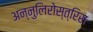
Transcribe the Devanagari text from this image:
अन्नुलिरोस्त्रिस